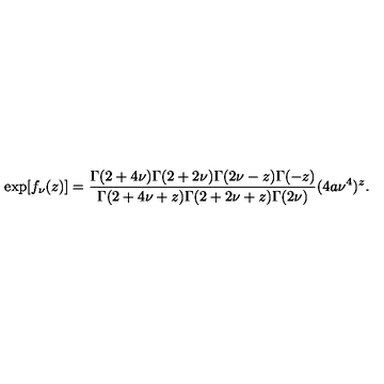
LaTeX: \exp [ f _ { \nu } ( z ) ] = \frac { \Gamma ( 2 + 4 \nu ) \Gamma ( 2 + 2 \nu ) \Gamma ( 2 \nu - z ) \Gamma ( - z ) } { \Gamma ( 2 + 4 \nu + z ) \Gamma ( 2 + 2 \nu + z ) \Gamma ( 2 \nu ) } ( 4 a \nu ^ { 4 } ) ^ { z } .